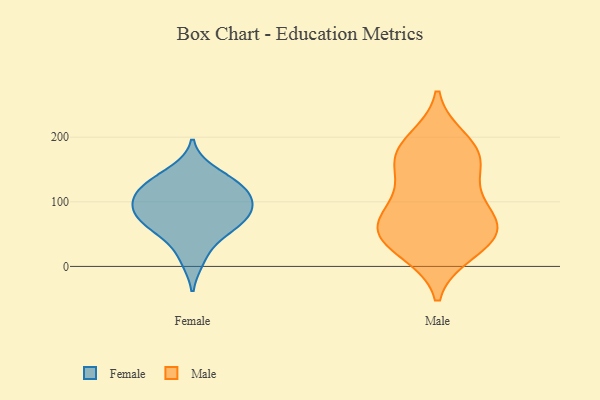
{"axis": {"x": "Backlog", "y": "Value"}, "legend": ["Female", "Male"], "data": [{"x": "", "y": 10, "type": "Female"}, {"x": "", "y": 57, "type": "Female"}, {"x": "", "y": 85, "type": "Female"}, {"x": "", "y": 100, "type": "Female"}, {"x": "", "y": 78, "type": "Female"}, {"x": "", "y": 121, "type": "Female"}, {"x": "", "y": 48, "type": "Female"}, {"x": "", "y": 126, "type": "Female"}, {"x": "", "y": 108, "type": "Female"}, {"x": "", "y": 89, "type": "Female"}, {"x": "", "y": 70, "type": "Female"}, {"x": "", "y": 127, "type": "Female"}, {"x": "", "y": 148, "type": "Female"}, {"x": "", "y": 54, "type": "Male"}, {"x": "", "y": 66, "type": "Male"}, {"x": "", "y": 151, "type": "Male"}, {"x": "", "y": 101, "type": "Male"}, {"x": "", "y": 195, "type": "Male"}, {"x": "", "y": 23, "type": "Male"}, {"x": "", "y": 52, "type": "Male"}, {"x": "", "y": 170, "type": "Male"}, {"x": "", "y": 61, "type": "Male"}, {"x": "", "y": 167, "type": "Male"}, {"x": "", "y": 60, "type": "Male"}, {"x": "", "y": 181, "type": "Male"}, {"x": "", "y": 109, "type": "Male"}, {"x": "", "y": 27, "type": "Male"}]}